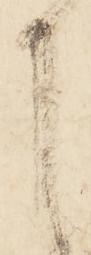
申